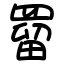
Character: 罶